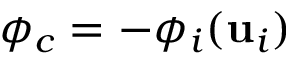
\phi _ { c } = - \phi _ { i } ( \mathbf { u } _ { i } )